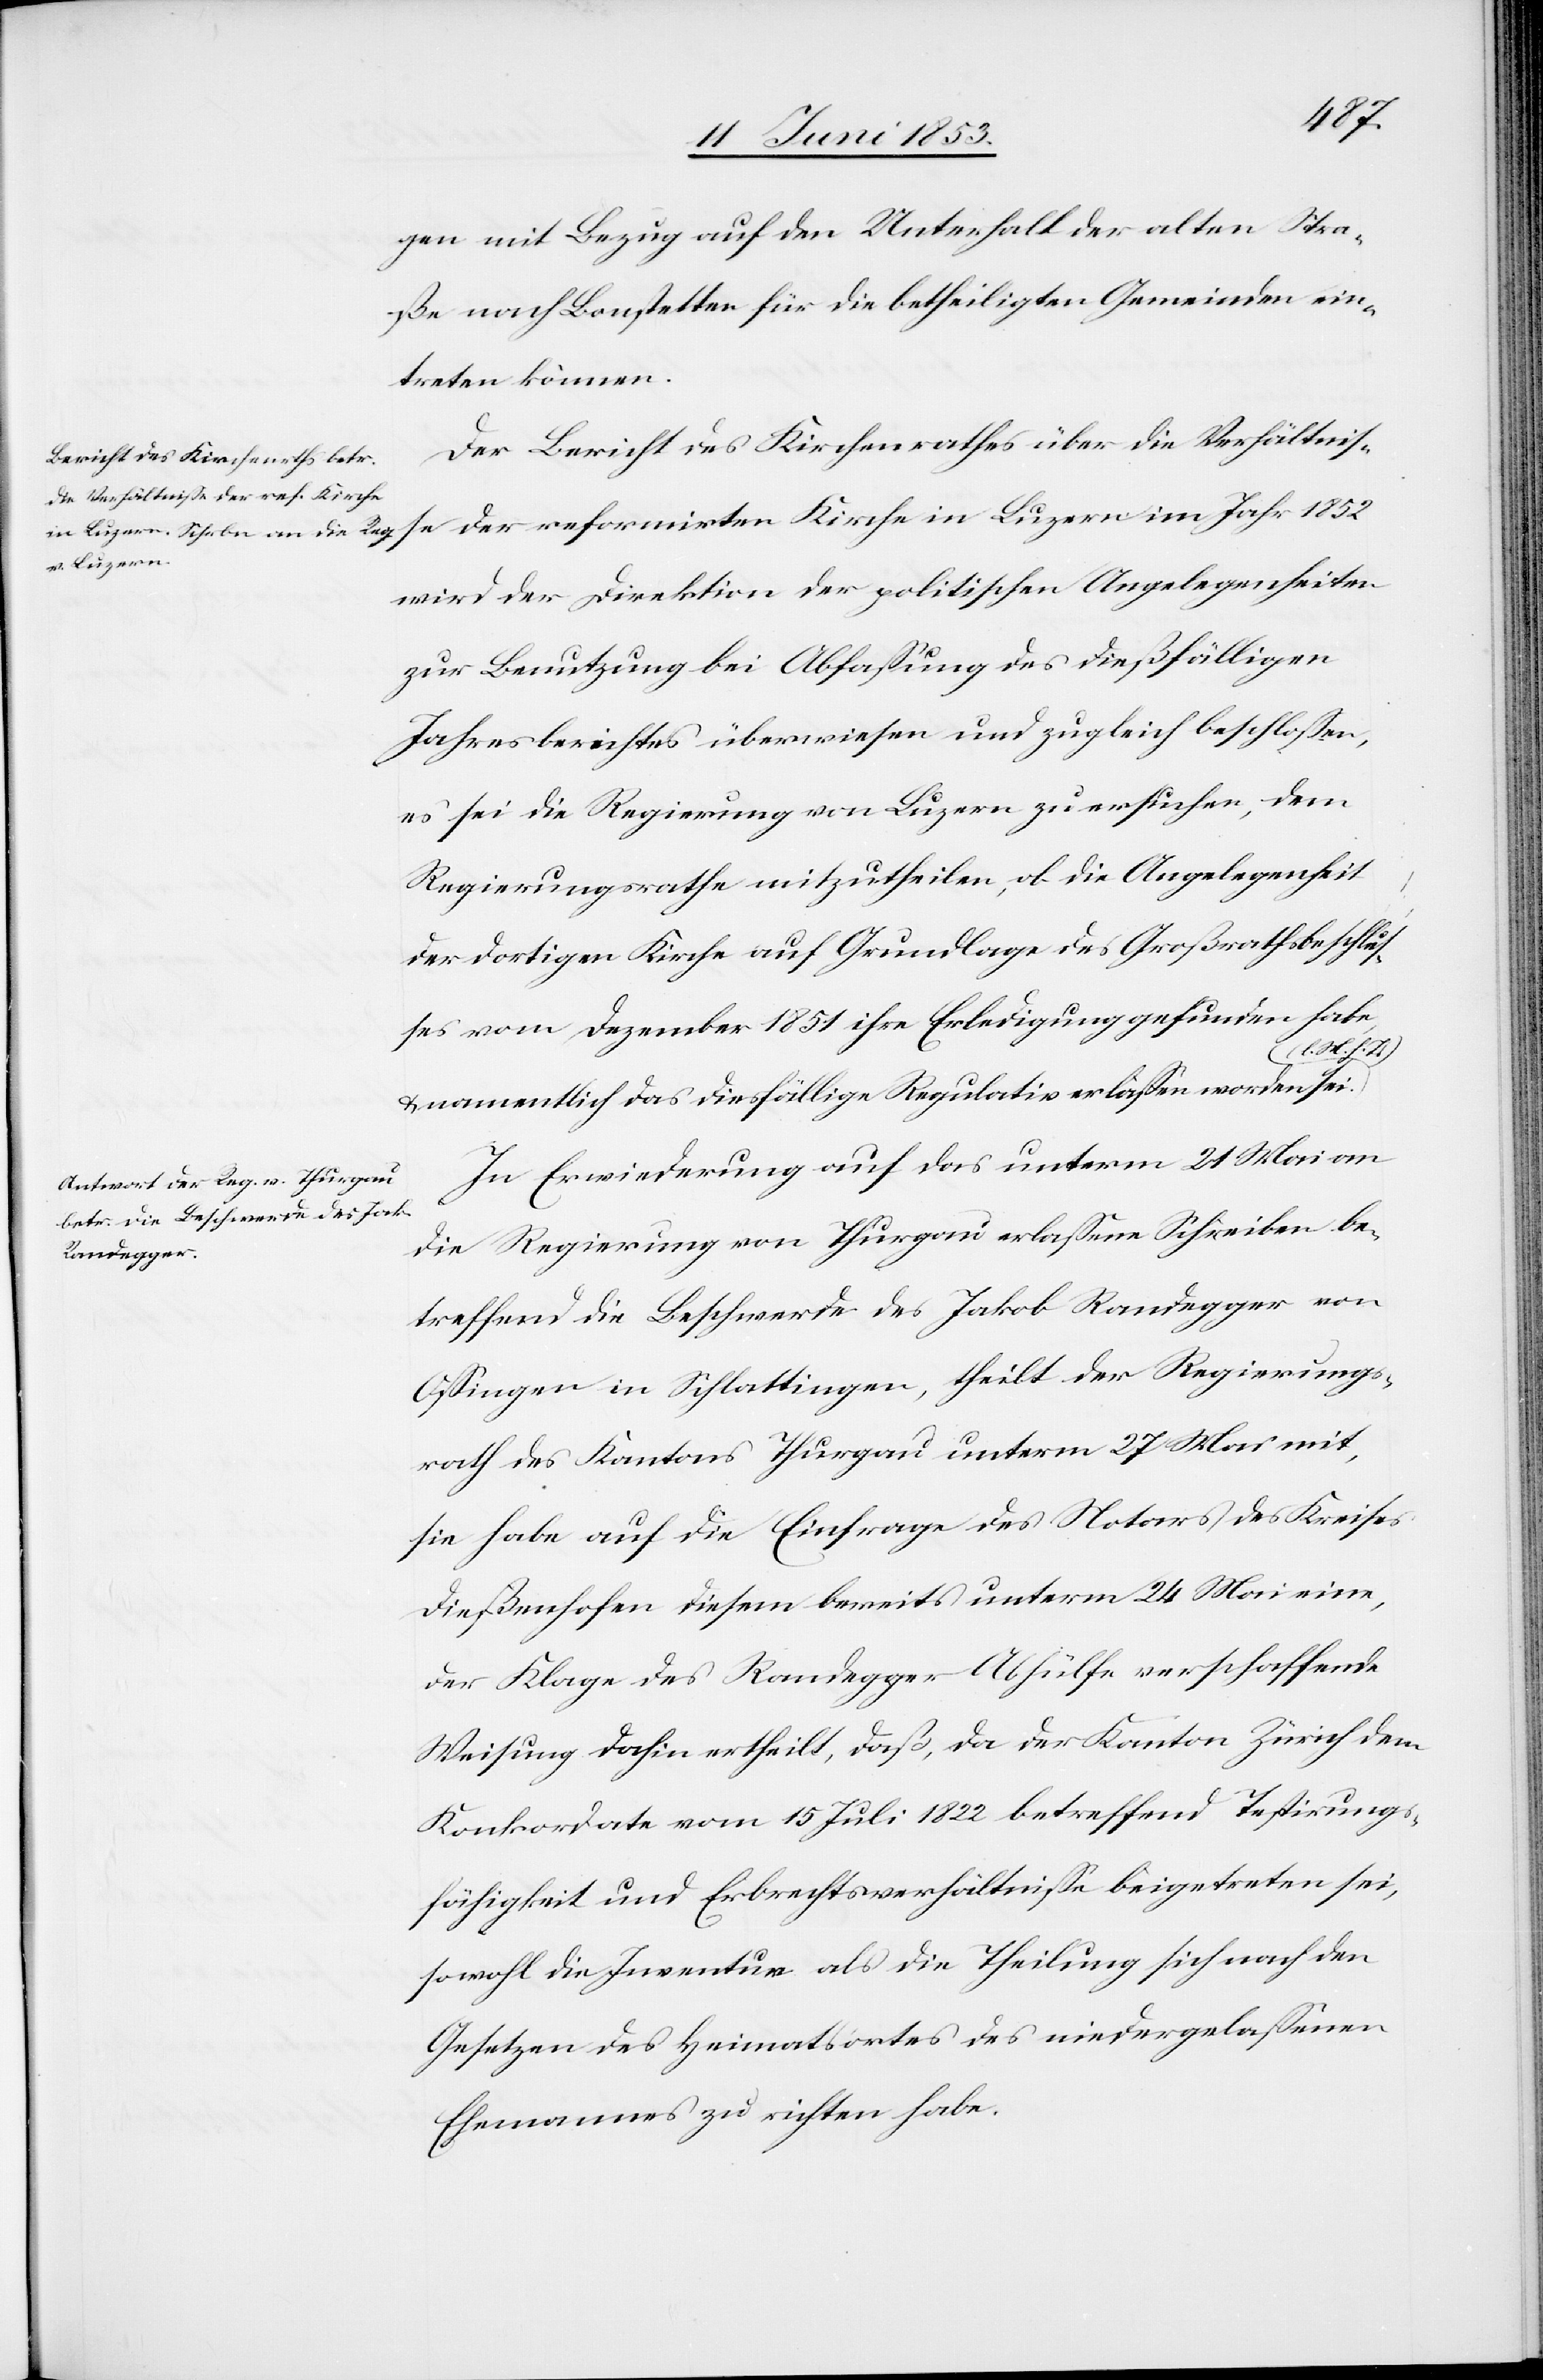
sei,

gen mit Bezug auf den Unterhalt alten Stra¬
ße nach Bonstetten für die betheiligten Gemeinden ein¬
treten können.
Der Bericht des Kirchenrathes über die Verhältniß¬
e der reformirten Kirche in Luzern im Jahr 1852
wird der Direktion der politischen Angelegenheiten
zur Benutzung bei Abfaßung des dießfälligen
Jahresberichtes überwiesen und zugleich beschloßen,
es sei die Regierung von Luzern zu ersuchen, dem
Regierungsrathe mitzutheilen, ob die Angelegenheit
der dortigen Kirche auf Grundlage des Großrathsbeschluß¬
es vom Dezember 1851 ihre Erledigung gefunden habe
[l. M. h. T]
u. namentlich das dießfällige Regulativ erlaßen worden sei.
In Erwiederung auf das unterm 21 Mai an
die Regierung von Thurgau erlaßene Schreiben be¬
treffend die Beschwerde des Jakob Randegger von
Oßingen in Schlattingen, theilt der Regierungs¬
rath des Kantons Thurgau unterm 27 Mai mit,
sie habe auf die Einfrage des Notars des Kreises
Dießenhofen diesem bereits unterm 24 Mai eine,
der Klage des Randegger Abhülfe verschaffende
Weisung dahin ertheilt, daß, da der Kanton Zürich dem
sowohl die Inventur als die Theilung sich nach den
Gesetzen des Heimatsortes des niedergelaßenen
Ehemannes zu richten habe.